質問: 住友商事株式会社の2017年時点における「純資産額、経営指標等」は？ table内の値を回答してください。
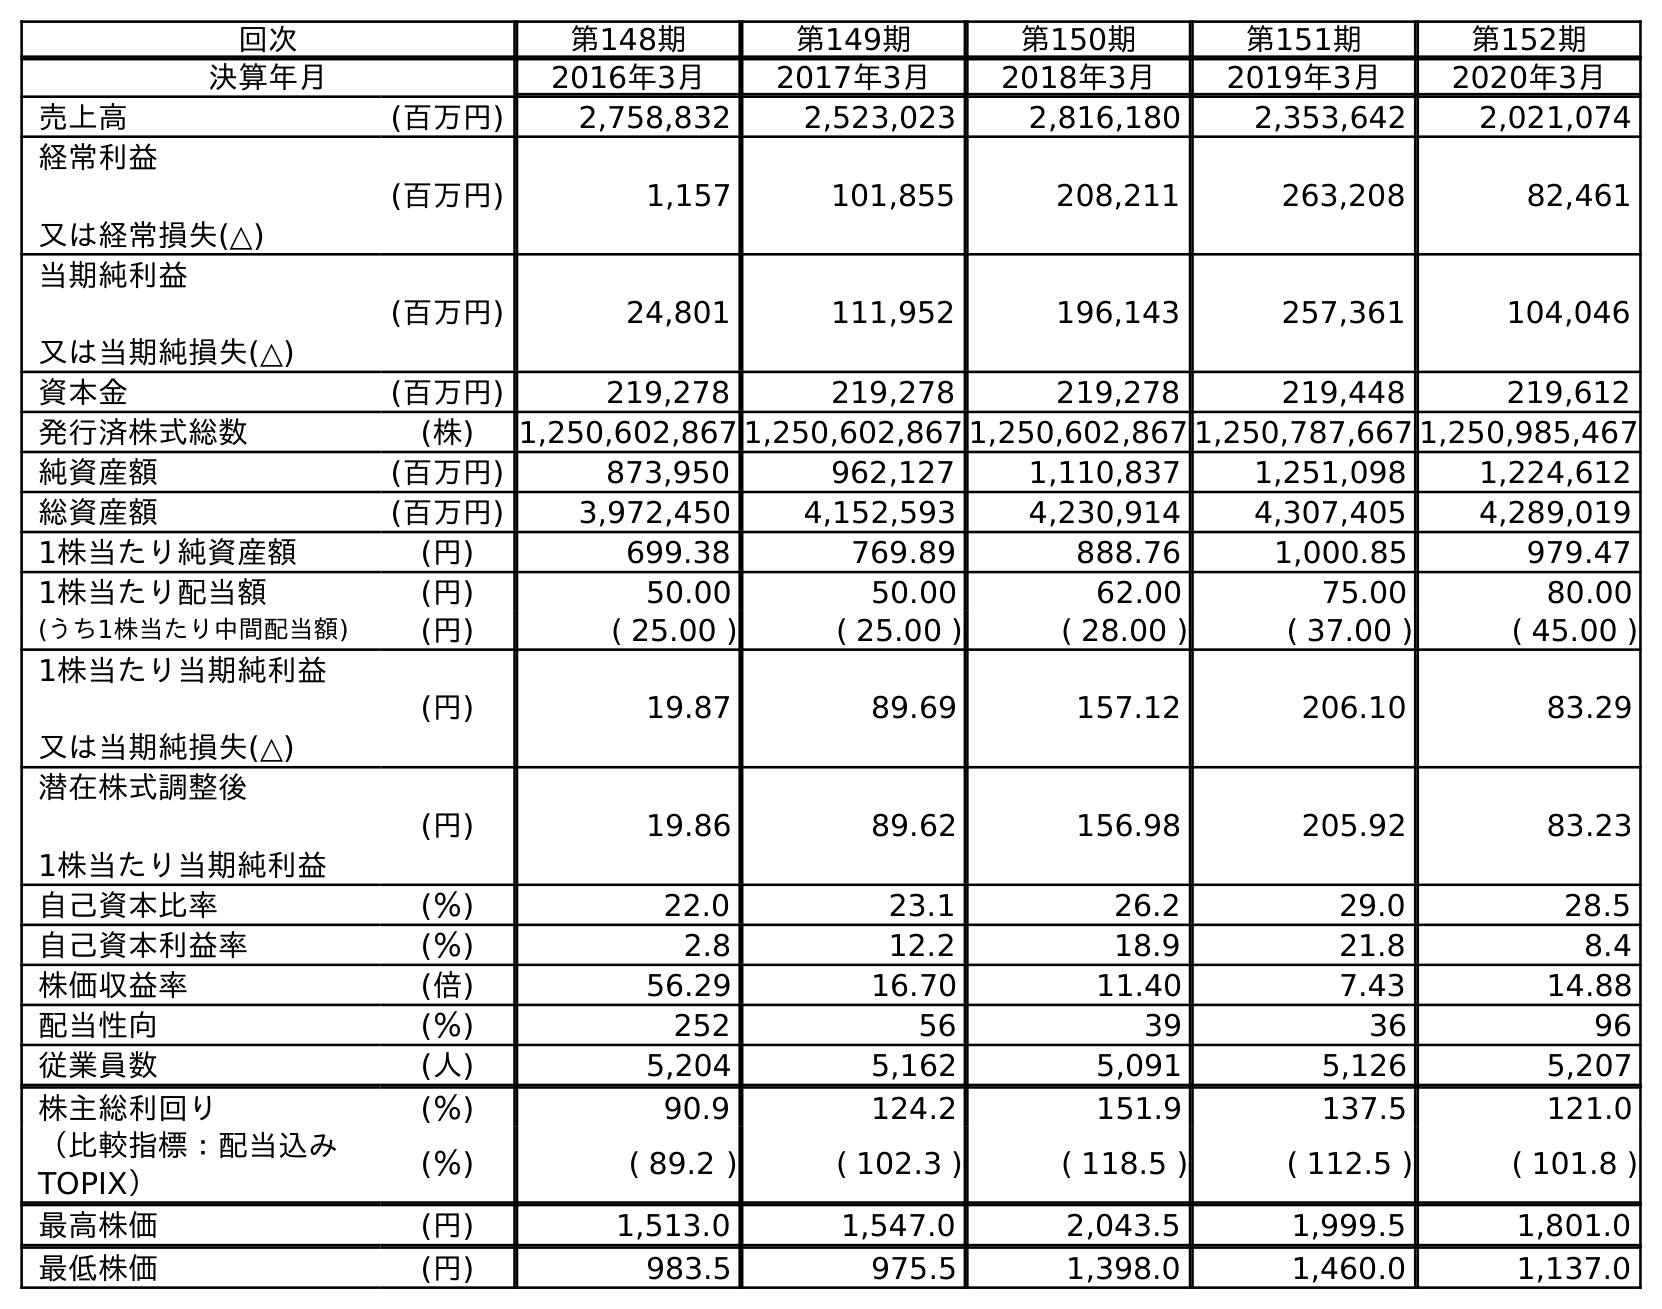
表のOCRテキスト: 回次 第148期 第149期 第150期 第151期 第152期 決算年月 2016年3月 2017年3月 2018年3月 2019年3月 2020年3月 売上高 (百万円) 2,758,832 2,523,023 2,816,180 2,353,642 2,021,074 経常利益 又は経常損失(△) (百万円) 1,157 101,855 208,211 263,208 82,461 当期純利益 又は当期純損失(△) (百万円) 24,801 111,952 196,143 257,361 104,046 資本金 (百万円) 219,278 219,278 219,278 219,448 219,612 発行済株式総数 (株) 1,250,602,867 1,250,602,867 1,250,602,867 1,250,787,667 1,250,985,467 純資産額 (百万円) 873,950 962,127 1,110,837 1,251,098 1,224,612 総資産額 (百万円) 3,972,450 4,152,593 4,230,914 4,307,405 4,289,019 1株当たり純資産額 (円) 699.38 769.89 888.76 1,000.85 979.47 1株当たり配当額 (円) 50.00 50.00 62.00 75.00 80.00 (うち1株当たり中間配当額) (円) ( 25.00 ) ( 25.00 ) ( 28.00 ) ( 37.00 ) ( 45.00 ) 1株当たり当期純利益 又は当期純損失(△) (円) 19.87 89.69 157.12 206.10 83.29 潜在株式調整後 1株当たり当期純利益 (円) 19.86 89.62 156.98 205.92 83.23 自己資本比率 (％) 22.0 23.1 26.2 29.0 28.5 自己資本利益率 (％) 2.8 12.2 18.9 21.8 8.4 株価収益率 (倍) 56.29 16.70 11.40 7.43 14.88 配当性向 (％) 252 56 39 36 96 従業員数 (人) 5,204 5,162 5,091 5,126 5,207 株主総利回り (％) 90.9 124.2 151.9 137.5 121.0 （比較指標：配当込み TOPIX） (％) ( 89.2 ) ( 102.3 ) ( 118.5 ) ( 112.5 ) ( 101.8 ) 最高株価 (円) 1,513.0 1,547.0 2,043.5 1,999.5 1,801.0 最低株価 (円) 983.5 975.5 1,398.0 1,460.0 1,137.0
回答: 962,127